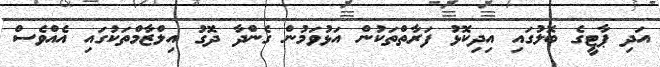
އަދި ޕާޓީގެ ބޮލުގައި އިދިކޮޅު ފަރާތްތަކުން އަޅުވަމުން ގެންދާ ދޮގު އިލްޒާމްތަކުގައި އެއްވެސް